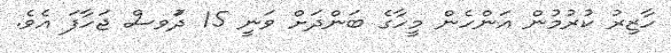
ހާޒިރު ކުރުމުން އަންހެން މީހާގެ ބަންދަށް ވަނީ 15 ދުަވސް ޖަހާފަ އެވެ.